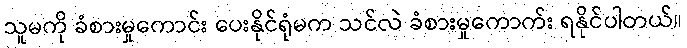
သူမကို ခံစားမှုကောင်း ပေးနိုင်ရုံမက သင်လဲ ခံစားမှုကောက်း ရနိုင်ပါတယ်။